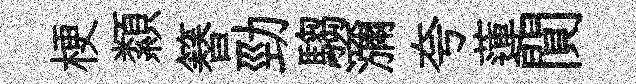
梗纇簮勁騶瀰夸蓮閴